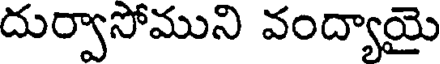
దుర్వాసోముని వంద్యాయై